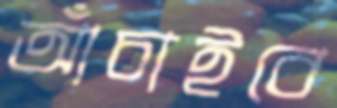
আঁচাইবে